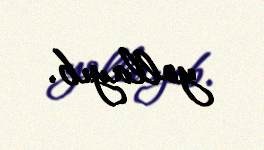
yollayıb.